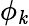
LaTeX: \phi_{\mathit{k}}